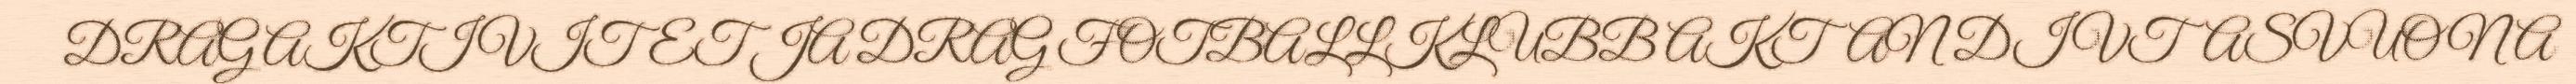
DRAG AKTIVITET JA DRAG FOTBALLKLUBB AKTAN DIVTASVUONA